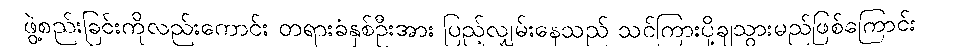
ဖွဲ့စည်းခြင်းကိုလည်းကောင်း တရားခံနှစ်ဦးအား ပြည့်လျှမ်းနေသည် သင်ကြားပို့ချသွားမည်ဖြစ်ကြောင်း